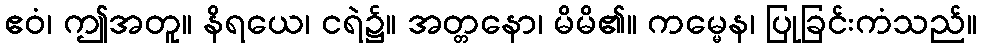
ဧဝံ၊ ဤအတူ။ နိရယေ၊ ငရဲ၌။ အတ္တနော၊ မိမိ၏။ ကမ္မေန၊ ပြုခြင်းကံသည်။